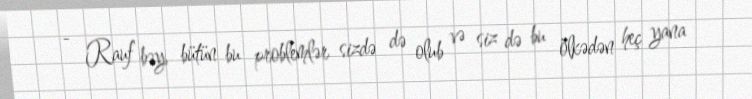
- Rauf bəy, bütün bu problemlər sizdə də olub və siz də bu ölkədən heç yana